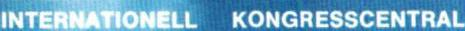
INTERNATIONELL KONGRESSCENTRAL